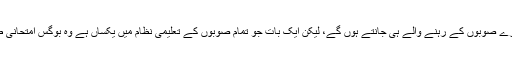
اب اس میں کتنی صداقت ہے، یہ تو دوسرے صوبوں کے رہنے والے ہی جانتے ہوں گے، لیکن ایک بات جو تمام صوبوں کے تعلیمی نظام میں یکساں ہے وہ بوگس امتحانی طریقہء کار اور فرسودہ تدریسی نظام ہے۔